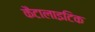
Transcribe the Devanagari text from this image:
कैटालाइटिक